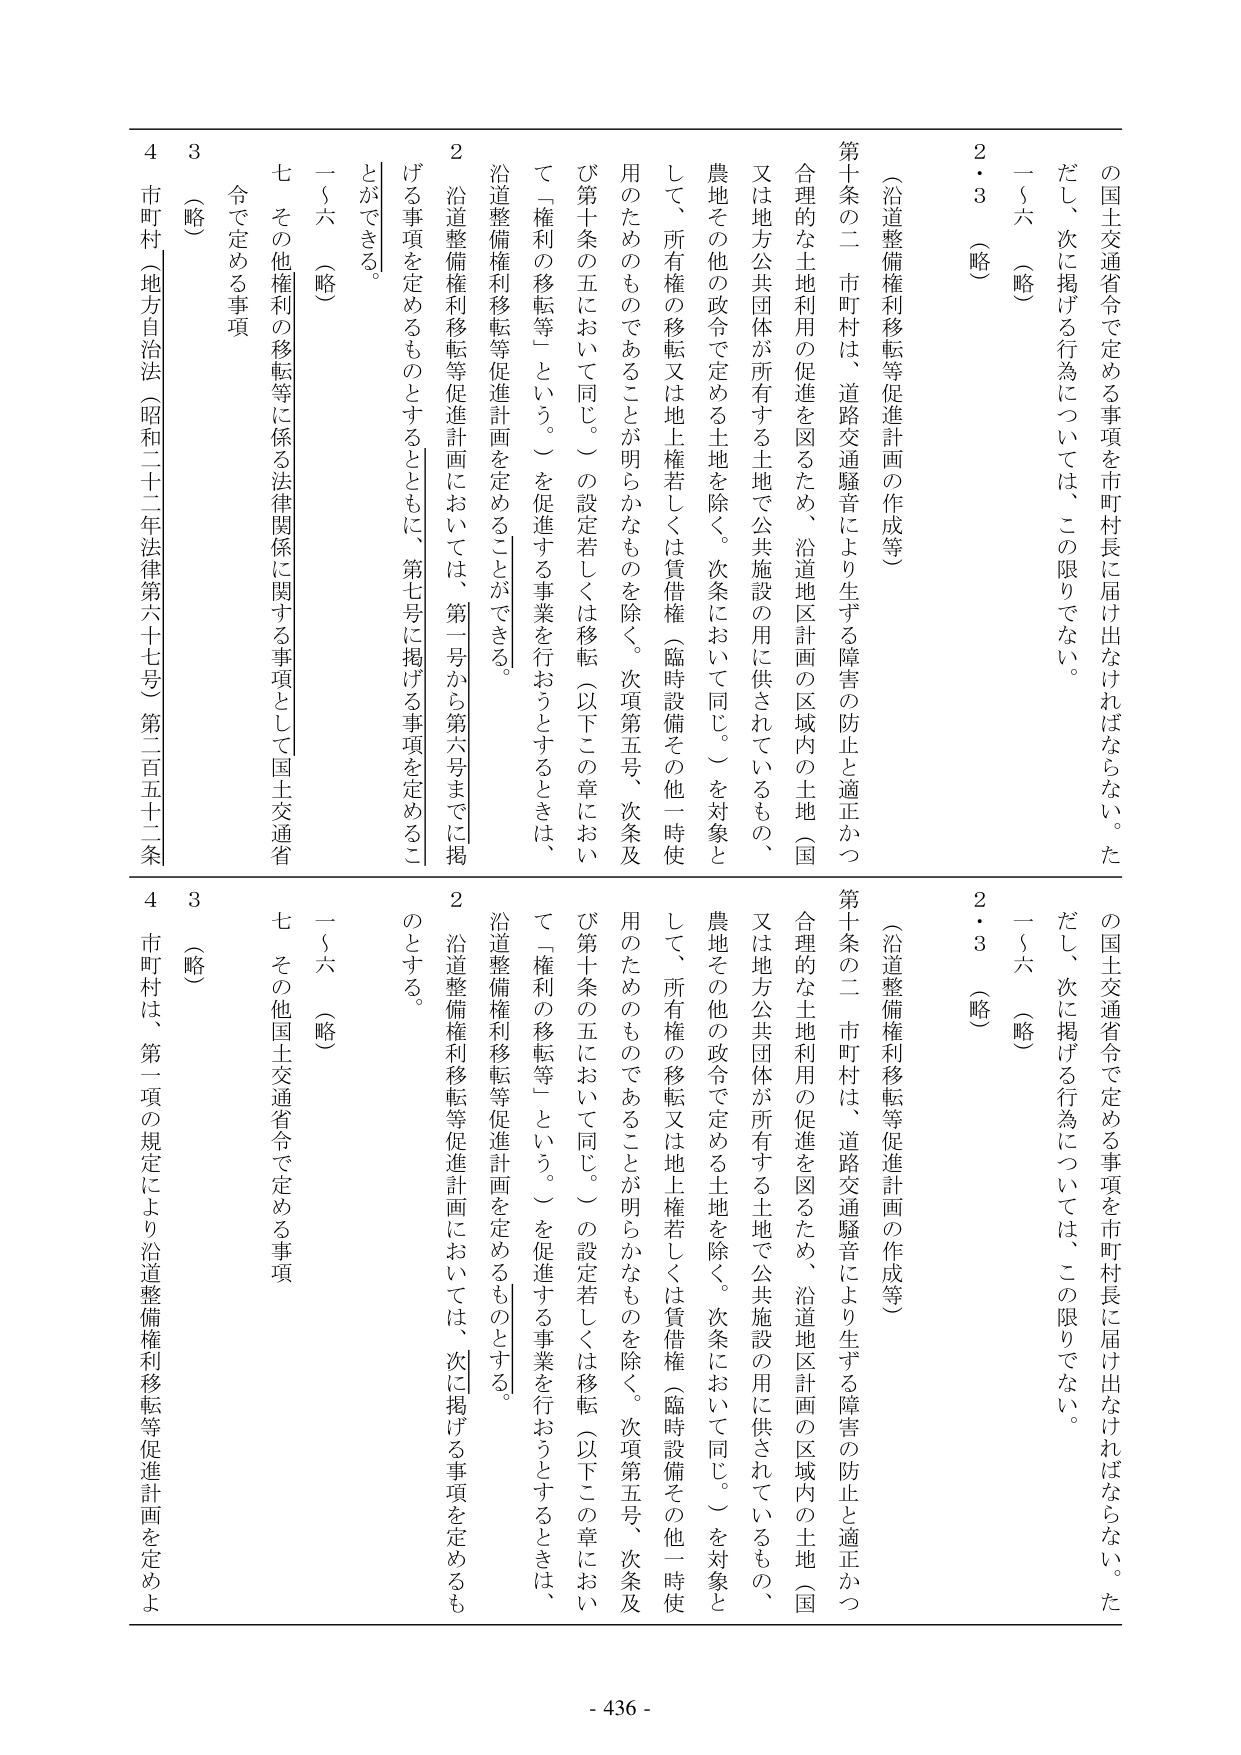
の国土交通省令で定める事項を市町村長に届け出なければならない。ただし、次に掲げる行為については、この限りでない。
一～六（略）
２・３（略）
（沿道整備権利移転等促進計画の作成等）
第十条の二 市町村は、道路交通騒音により生ずる障害の防止と適正かつ合理的な土地利用の促進を図るため、沿道地区計画の区域内の土地（国又は地方公共団体が所有する土地で公共施設の用に供されているもの、農地その他の政令で定める土地を除く。次条において同じ。）を対象として、所有権の移転又は地上権若しくは賃借権（臨時設備その他一時使用のためのものであることが明らかなものを除く。次項第五号、次条及び第十条の五において同じ。）の設定若しくは移転（以下この章において「権利の移転等」という。）を促進する事業を行おうとするときは、沿道整備権利移転等促進計画を定めることができる。
２ 沿道整備権利移転等促進計画においては、第一号から第六号までに掲げる事項を定めるものとするとともに、第七号に掲げる事項を定めることができる。
一～六（略）
七 その他権利の移転等に係る法律関係に関する事項として国土交通省令で定める事項
３（略）
４ 市町村（地方自治法（昭和二十二年法律第六十七号）第二百五十一条

の国土交通省令で定める事項を市町村長に届け出なければならない。ただし、次に掲げる行為については、この限りでない。
一～六（略）
２・３（略）
（沿道整備権利移転等促進計画の作成等）
第十条の二 市町村は、道路交通騒音により生ずる障害の防止と適正かつ合理的な土地利用の促進を図るため、沿道地区計画の区域内の土地（国又は地方公共団体が所有する土地で公共施設の用に供されているもの、農地その他の政令で定める土地を除く。次条において同じ。）を対象として、所有権の移転又は地上権若しくは賃借権（臨時設備その他一時使用のためのものであることが明らかなものを除く。次項第五号、次条及び第十条の五において同じ。）の設定若しくは移転（以下この章において「権利の移転等」という。）を促進する事業を行おうとするときは、沿道整備権利移転等促進計画を定めるものとする。
２ 沿道整備権利移転等促進計画においては、次に掲げる事項を定めるものとする。
一～六（略）
七 その他国土交通省令で定める事項
３（略）
４ 市町村は、第一項の規定により沿道整備権利移転等促進計画を定めよ

- 436 -